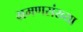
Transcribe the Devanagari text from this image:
भ्रमणसंख्या